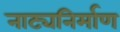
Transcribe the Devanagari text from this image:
नाट्यनिर्माण